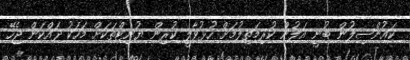
ކައުންސިލުން ބުނީ އަލުން ކުރިމަތިލުމަށް ހުޅުވާލީ ކުރިން ޔުނިޓްތަކަށް މަހަކު ދައްކަން ޖެހޭ